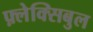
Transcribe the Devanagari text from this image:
फ़्लेक्सिबुल